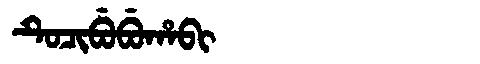
Manchu: ᡨᡠᠴᡳᠪᡠᠪᡠᡥᠠᠪᡳ
Romanization: TUCIBUBUHABI